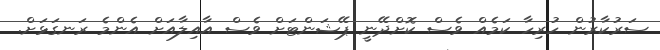
ސަރުކާރުން ހުރިހާ ކަމެއް ވެސް ކޮށްދޭނީ ޕޭޝަންޓަށް ވެސް އާއިލާއަށް އެންމެ ރަނގަޅަށް.